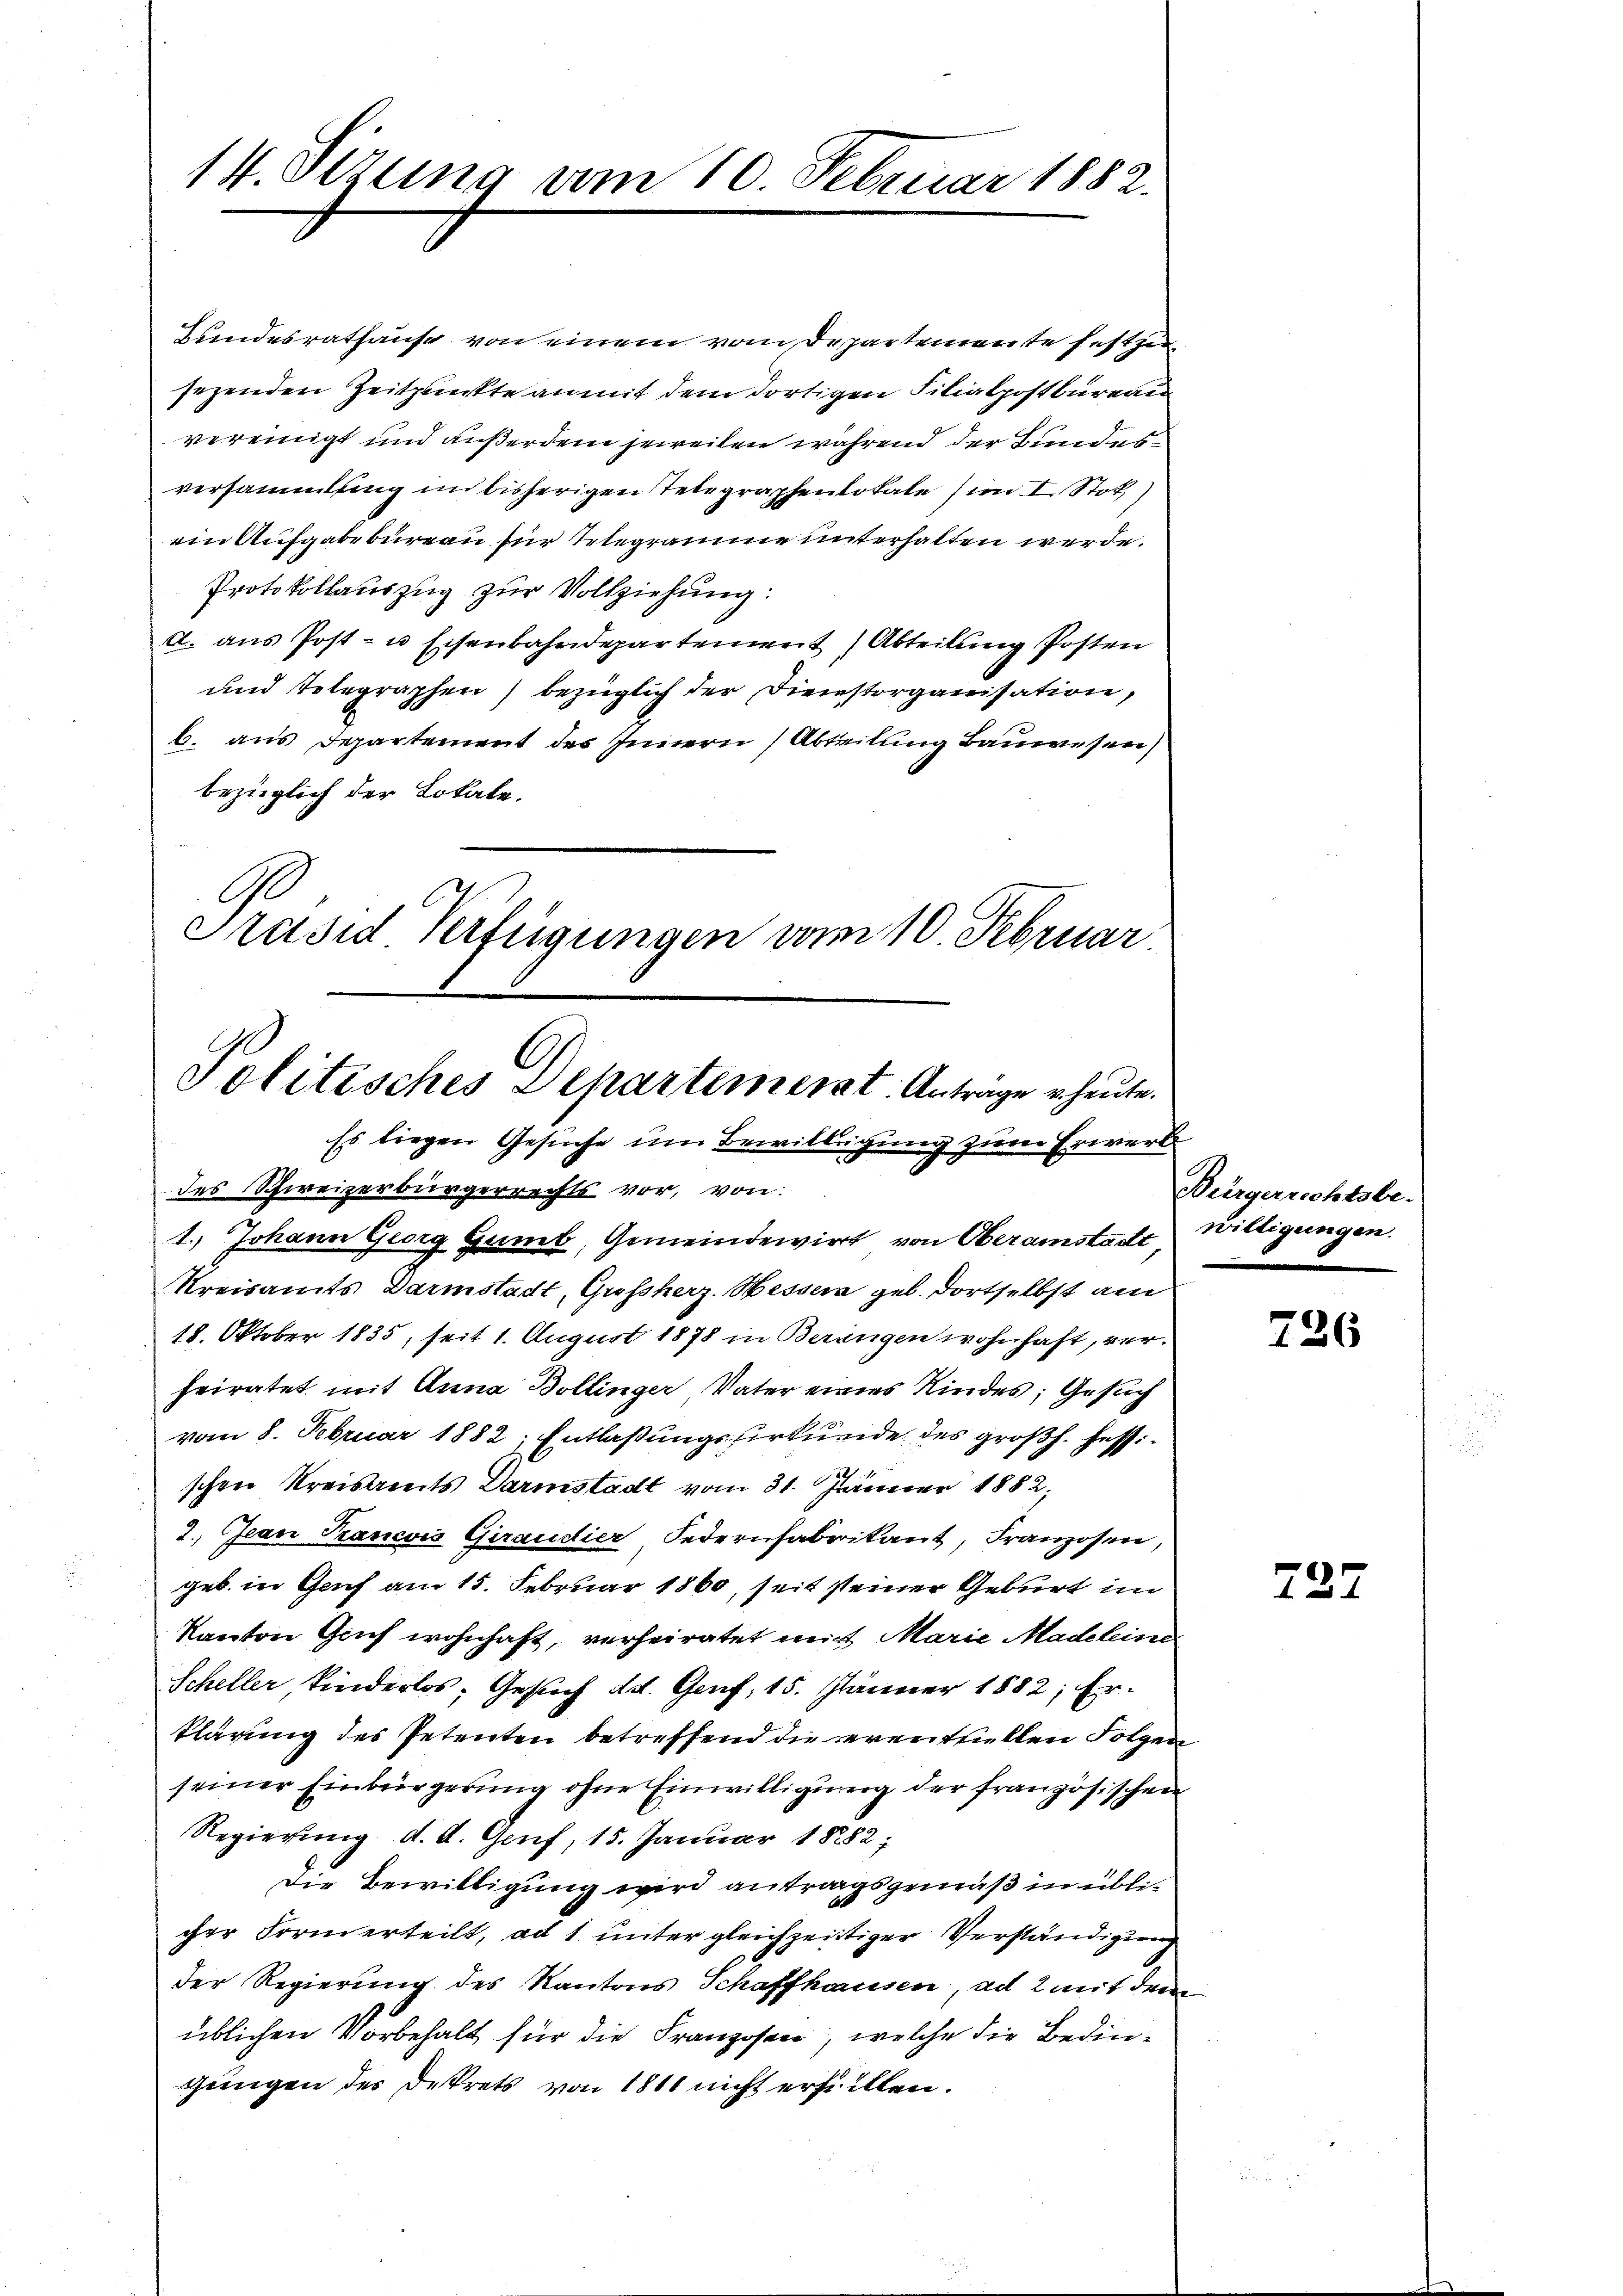
14. Sizung vom 10. Februar 1882.

Bundesrathause von einem vom Departemente festzu
sezenden Zeitpunkte anmit dem dortigen Filialpostbureau
vereinigt und außerdem jeweilen während der Bundesversammlung im bisherigen Telegraphenlokale (im I. Stok)
ein Aufgabebureau für Telegrame unterhalten werde.
Protokollauszug zur Vollziehung:
A. aus Post- u Eisenbahndepartement Abteilung Posten
und Telegraphen) bezüglich der Dienstorganisation,
6. aus Departement des Innern, Abteilung Bauwesen)
bezüglich der Lokale.
C
Präsid Verfügungen vom 10. Februar

Politisches Departement. Anträge heute.
Es liegen Gesuche um Bewilligung zum Erwerks
des Schweizerbürgerrechts vor, von

1.) Johann Georg Gumb, Gemeindewirt von Oberamstadt Willigungen.
Kreisamts Darmstadt, Großherz. Wessen geb. dortselbst am
18. Oktober 1835, seit 1. August 1878 in Berangen wohnhaft, verheiratet mit Anna Bollinger Vater eines Kindes; Gesuch
vom 8. Februar 1882; Entlaßungsurkunde des großh. festschen Kreisamts Darmstadt vom 31. Jänner 1882,
2. Jean Trancois Giraudier Federnfabrikant, Franzosen,
geb. in Genf am 15. Februar 1860, seit seiner Geburt im
Kanton Genf wohnhaft, verheiratet mit Marie Madeleine
Scheller kinderlos; Gesuch da. Genf, 15. Jänner 1882, Erklärung des Petenten betreffend die eventuellen Folgen
seiner Einbürgerung ohne Einwilligung der französischen
Regierung d. d. Genf, 15. Januar 1882;
Die Bewilligung wird antragsgemäß in üblicher Form erteilt, ad 1 unter gleichzeitiger Verständigung
der Regierung des Kantons Schaffhausen, ad 2 mit dem
üblichen Vorbehalt für die Franzosen, welche die Bedingungen des Dekrets von 1811 nicht erfüllten.

Bürgerrechtsbe-

726

727